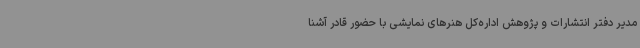
مدیر دفتر انتشارات و پژوهش اداره‌کل هنرهای نمایشی با حضور قادر آشنا